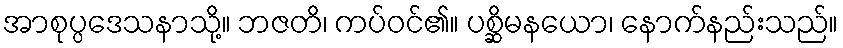
အာစုပ္ပဒေသနာသို့။ ဘဇတိ၊ ကပ်ဝင်၏။ ပစ္ဆိမနယော၊ နောက်နည်းသည်။